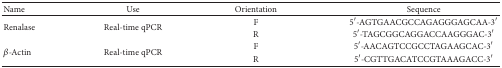
| Name | Use | Orientation | Sequence |
 | --- | --- | --- | --- |
 | <ROWSPAN=2> Renalase | <ROWSPAN=2> Real-time qPCR | F | 5′-AGTGAACGCCAGAGGGAGCAA-3′ |
 | R | 5′-TAGCGGCAGGACCAAGGGAC-3′ |
 | <ROWSPAN=2> β-Actin | <ROWSPAN=2> Real-time qPCR | F | 5′-AACAGTCCGCCTAGAAGCAC-3′ |
 | R | 5′-CGTTGACATCCGTAAAGACC-3′ |